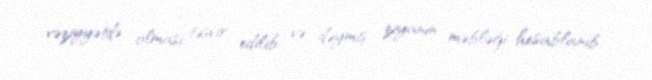
vəziyyətdə olması təsvir edilib və dəymiş ziyanın məbləği hesablanıb.